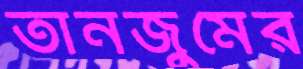
তানজুমের